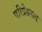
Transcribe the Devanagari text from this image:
परिप्रेक्ष्वाद